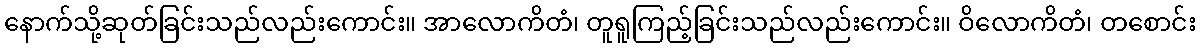
နောက်သို့ဆုတ်ခြင်းသည်လည်းကောင်း။ အာလောကိတံ၊ တူရူကြည့်ခြင်းသည်လည်းကောင်း။ ဝိလောကိတံ၊ တစောင်း